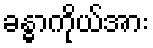
ခန္ဓာကိုယ်အား